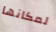
لمكانها